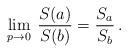
LaTeX: \begin{align*}\lim_{p\to 0} \: \frac{S(a)}{S(b)} = \frac{S_a}{S_b} \, .\end{align*}